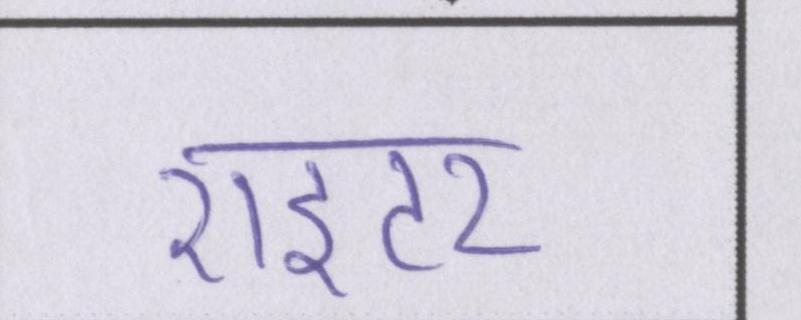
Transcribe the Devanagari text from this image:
राइटर